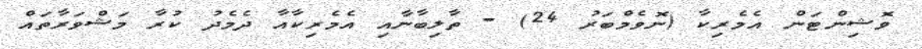
ވޮޝިންޓަން އެމެރިކާ (ނޮވެމްބަރު 24) - ތާލިބާނާއި އެމެރިކާއާ ދެމެދު ކުރާ މަޝްވަރާތައް